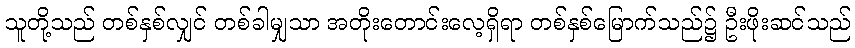
သူတို့သည် တစ်နှစ်လျှင် တစ်ခါမျှသာ အတိုးတောင်းလေ့ရှိရာ တစ်နှစ်မြောက်သည်၌ ဦးဖိုးဆင်သည်